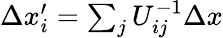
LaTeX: \begin{array}{r}{\Delta x_{i}^{\prime}=\sum_{j}U_{ij}^{-1}\Delta x}\end{array}